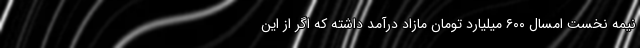
نیمه نخست امسال ۶۰۰ میلیارد تومان مازاد درآمد داشته که اگر از این